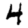
Digit: 4